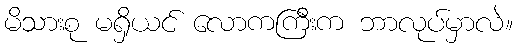
မိသားစု မရှိယင် လောကကြီးက ဘာလုပ်မှာလဲ။